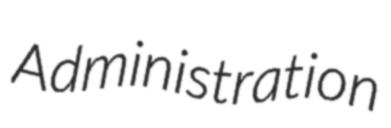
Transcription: Administration